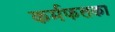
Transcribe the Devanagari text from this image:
कर्मफलका